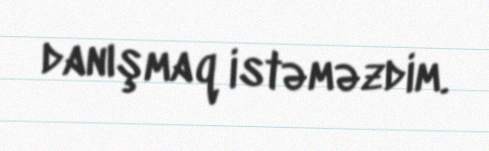
danışmaq istəməzdim.